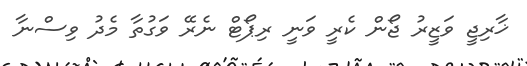
ޚާރިޖީ ވަޒީރު ޖޯން ކެރީ ވަނީ ރިޕޯޓް ނެރޭ ވަގުތާ މެދު ވިސްނާ